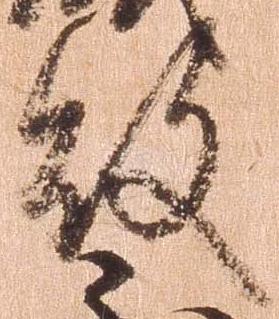
敗